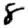
Digit: 8